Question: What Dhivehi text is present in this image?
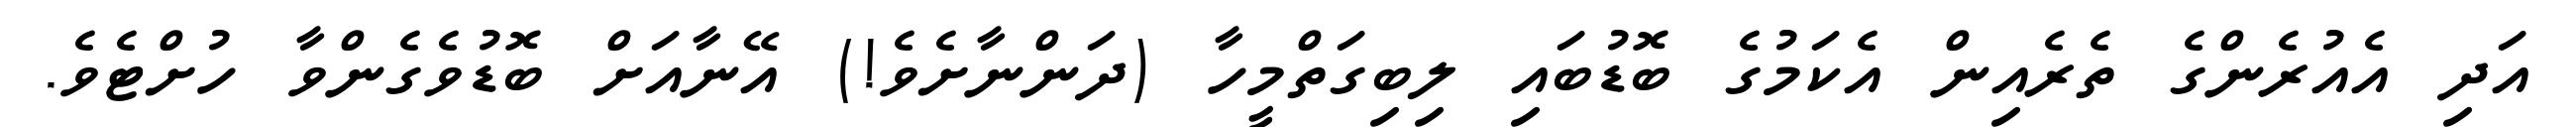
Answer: އަދި އެއުރެންގެ ތެރެއިން އެކަމުގެ ބޮޑުބައި ލިބިގަތްމީހާ (ދަންނާށެވެ!) އޭނާއަށް ބޮޑުވެގެންވާ ހުށްޓެވެ.